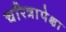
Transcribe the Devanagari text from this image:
चरित्रापेक्षा